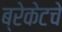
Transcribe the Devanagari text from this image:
ब्रेकेटचे